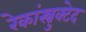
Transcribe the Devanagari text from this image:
रेकांस्त्रुक्टेद